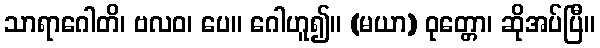
သာရာဂေါတိ၊ ဗလဝ၊ ပေ။ ဂေါဟူ၍။ (မယာ) ဝုတ္တော၊ ဆိုအပ်ပြီ။